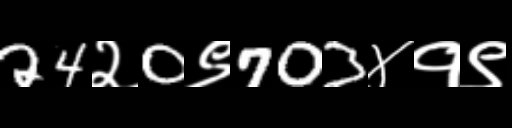
Text: 24२0९703४१९